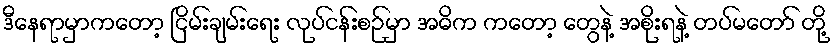
ဒီနေရာမှာကတော့ ငြိမ်းချမ်းရေး လုပ်ငန်းစဉ်မှာ အဓိက ကတော့ တွေနဲ့ အစိုးရနဲ့ တပ်မတော် တို့